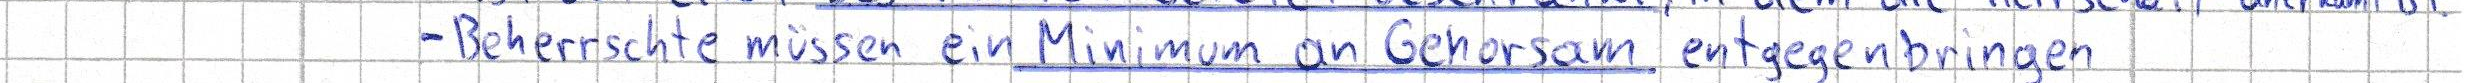
- Beherrschte müssen ein Minimum an Gehorsam entgegenbringen